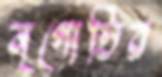
নৃগোষ্ঠির